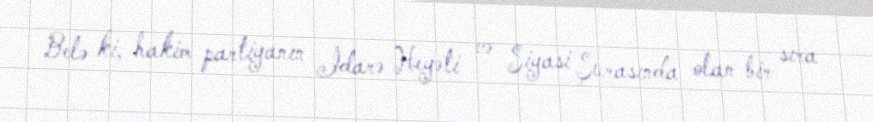
Belə ki, hakim partiyanın İdarə Heyəti və Siyasi Şurasında olan bir sıra